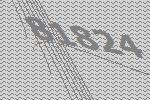
81824